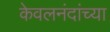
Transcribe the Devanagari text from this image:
केवलनंदांच्या